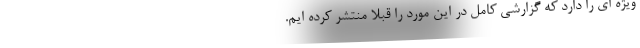
ویژه ای را دارد که گزارشی کامل در این مورد را قبلا منتشر کرده ایم.